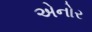
એનોર